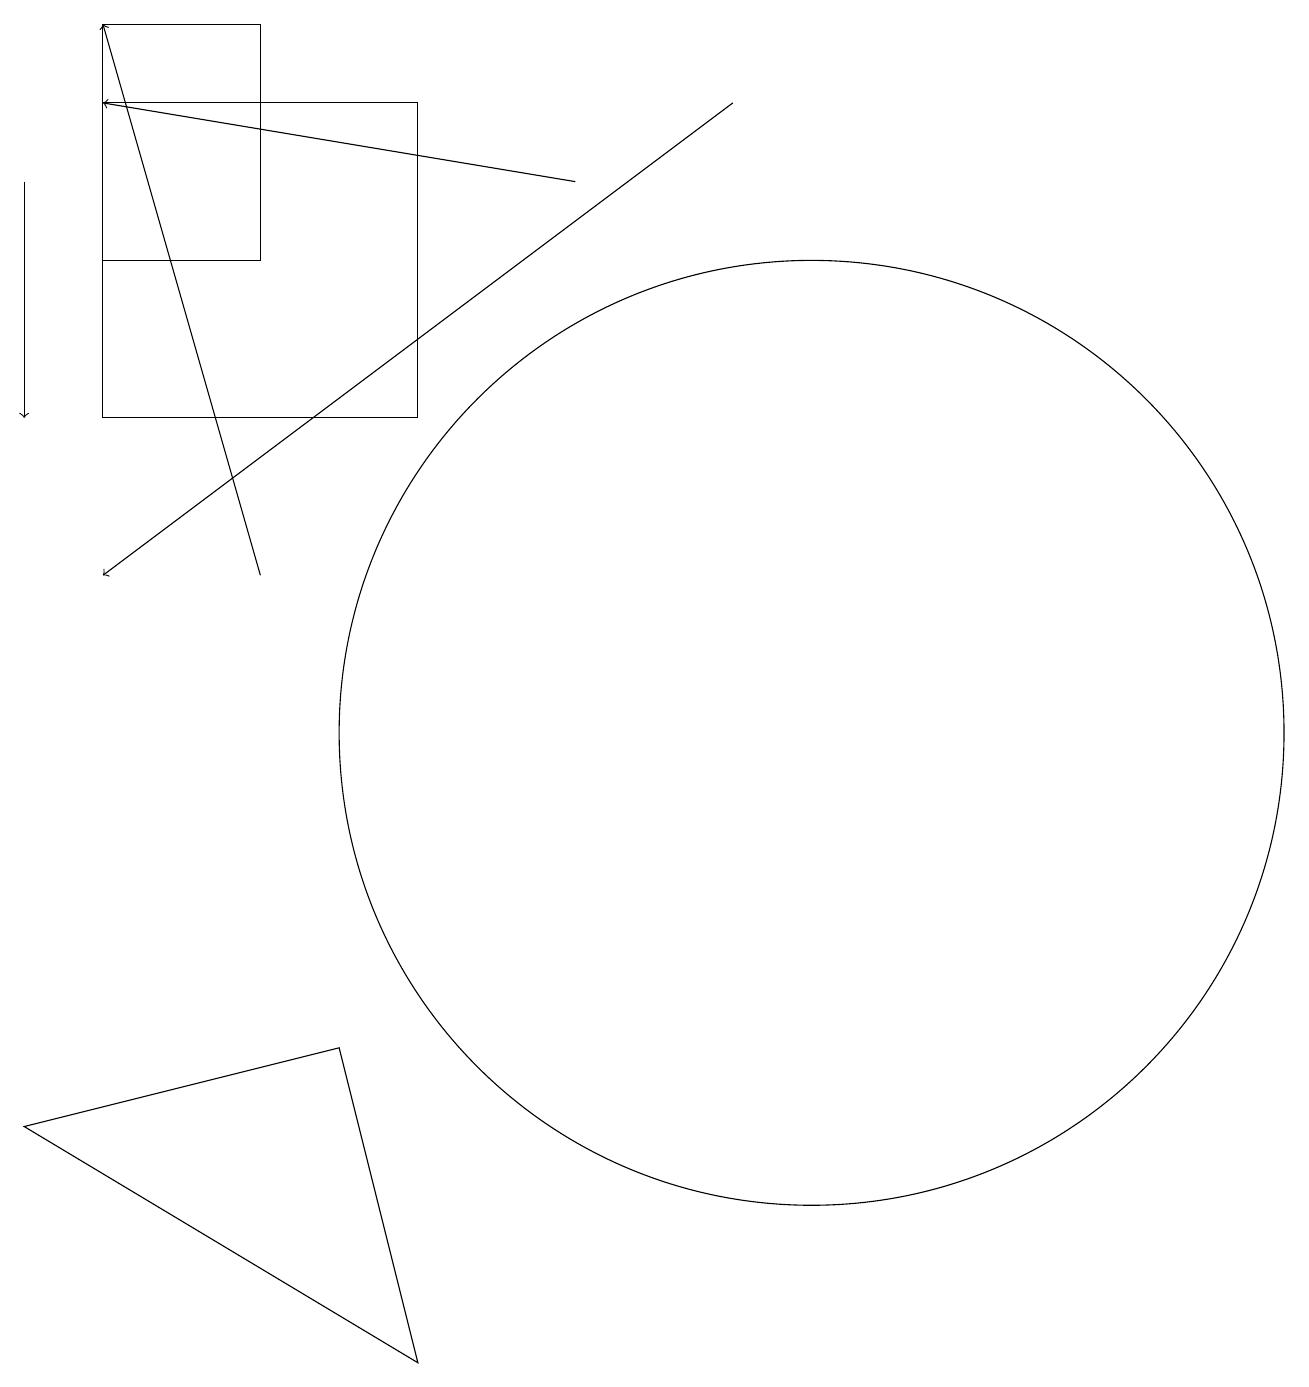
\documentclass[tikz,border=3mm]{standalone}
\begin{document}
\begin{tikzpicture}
\draw[->] (0,17) -- (0,14);
\draw[->] (9,18) -- (1,12);
\draw (4,6) -- (5,2) -- (0,5) -- cycle;
\draw[->] (3,12) -- (1,19);
\draw (1,14) rectangle (5,18);
\draw[->] (7,17) -- (1,18);
\draw (10,10) circle (6);
\draw (1,19) rectangle (3,16);
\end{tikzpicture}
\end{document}